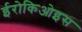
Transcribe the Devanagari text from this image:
ईरोकिओइस